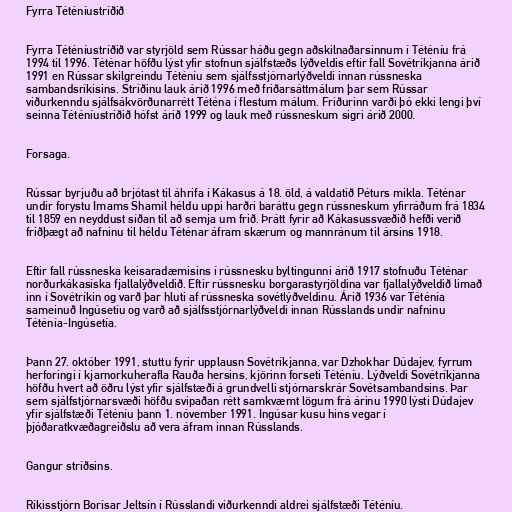
Fyrra Téténíustríðið

Fyrra Téténíustríðið var styrjöld sem Rússar háðu gegn aðskilnaðarsinnum í Téténíu frá
1994 til 1996. Téténar höfðu lýst yfir stofnun sjálfstæðs lýðveldis eftir fall Sovétríkjanna árið
1991 en Rússar skilgreindu Téténíu sem sjálfsstjórnarlýðveldi innan rússneska
sambandsríkisins. Stríðinu lauk árið 1996 með friðarsáttmálum þar sem Rússar
viðurkenndu sjálfsákvörðunarrétt Téténa í flestum málum. Friðurinn varði þó ekki lengi því
seinna Téténíustríðið hófst árið 1999 og lauk með rússneskum sigri árið 2000.

Forsaga.

Rússar byrjuðu að brjótast til áhrifa í Kákasus á 18. öld, á valdatíð Péturs mikla. Téténar
undir forystu Imams Shamil héldu uppi harðri baráttu gegn rússneskum yfirráðum frá 1834
til 1859 en neyddust síðan til að semja um frið. Þrátt fyrir að Kákasussvæðið hefði verið
friðþægt að nafninu til héldu Téténar áfram skærum og mannránum til ársins 1918.

Eftir fall rússneska keisaradæmisins í rússnesku byltingunni árið 1917 stofnuðu Téténar
norðurkákasíska fjallalýðveldið. Eftir rússnesku borgarastyrjöldina var fjallalýðveldið limað
inn í Sovétríkin og varð þar hluti af rússneska sovétlýðveldinu. Árið 1936 var Téténía
sameinuð Ingúsetíu og varð að sjálfsstjórnarlýðveldi innan Rússlands undir nafninu
Téténía-Ingúsetía.

Þann 27. október 1991, stuttu fyrir upplausn Sovétríkjanna, var Dzhokhar Dúdajev, fyrrum
herforingi í kjarnorkuherafla Rauða hersins, kjörinn forseti Téténíu. Lýðveldi Sovétríkjanna
höfðu hvert að öðru lýst yfir sjálfstæði á grundvelli stjórnarskrár Sovétsambandsins. Þar
sem sjálfstjórnarsvæði höfðu svipaðan rétt samkvæmt lögum frá árinu 1990 lýsti Dúdajev
yfir sjálfstæði Téténíu þann 1. nóvember 1991. Ingúsar kusu hins vegar í
þjóðaratkvæðagreiðslu að vera áfram innan Rússlands.

Gangur stríðsins.

Ríkisstjórn Borísar Jeltsín í Rússlandi viðurkenndi aldrei sjálfstæði Téténíu.